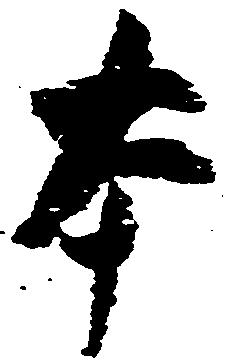
本